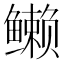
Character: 𱈖